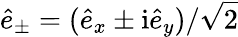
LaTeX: \hat{e}_{\pm}=(\hat{e}_{x}\pm\mathrm{i}\hat{e}_{y})/\sqrt{2}